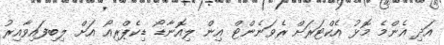
އަދި އެންމެ މޮޅު އެކްޓަރަށް ރެވަނެންޓް އިން ލިއޮނާޑޯ ޑިކެޕްރިއޯ އަށް ލިބިފައިވާއިރު